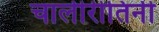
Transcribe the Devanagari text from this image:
चालीरीतिनी